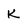
Character: K